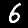
Digit: 6